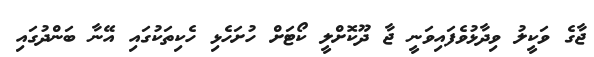
ޖާގެ ވަކީލު ވިދާޅުވެފައިވަނީ ޖާ ދޫކޮށްލީ ކޯޓަށް ހުށަހެޅި ހެކިތަކުގައި އޭނާ ބަންދުގައި